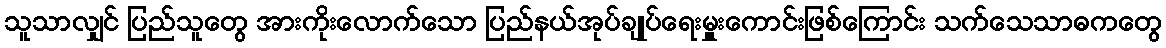
သူသာလျှင် ပြည်သူတွေ အားကိုးလောက်သော ပြည်နယ်အုပ်ချုပ်ရေးမှူးကောင်းဖြစ်ကြောင်း သက်သေသာဓကတွေ